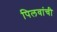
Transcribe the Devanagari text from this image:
पिलवांची